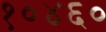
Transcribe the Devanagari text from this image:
१०४६०